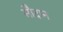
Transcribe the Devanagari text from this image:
सौदान